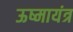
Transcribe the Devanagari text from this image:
ऊष्मायंत्र